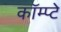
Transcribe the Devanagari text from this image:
कॉम्प्टे